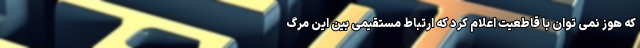
که هوز نمی توان با قاطعیت اعلام کرد که ارتباط مستقیمی بین این مرگ